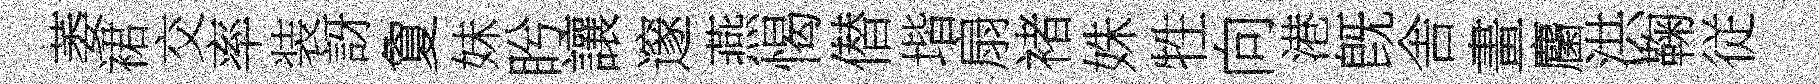
萎裙交率装訝夐妹盻讓邃燕愒僣堦扇褚姝牲向港旣舎畫麕洪鞠従